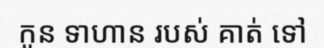
កូន ទាហាន របស់ គាត់ ទៅ